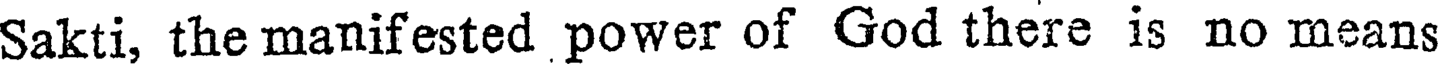
Sakti, the manifested power of God there is no means